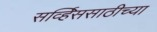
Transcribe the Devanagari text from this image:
सर्व्हिससाठीच्या